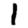
Digit: 1